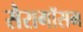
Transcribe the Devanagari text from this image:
सैरागॉसम